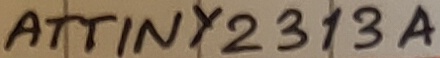
Text: ATTINY2313A